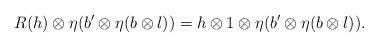
LaTeX: \begin{align*} R(h) \otimes \eta(b' \otimes \eta (b\otimes l))=h\otimes 1\otimes \eta( b' \otimes \eta (b\otimes l)).\end{align*}